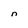
Character: n